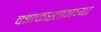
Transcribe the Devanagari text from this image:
क्झकस्तानच्या